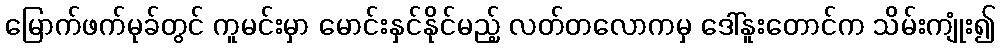
မြောက်ဖက်မုခ်တွင် ကူမင်းမှာ မောင်းနှင်နိုင်မည့် လတ်တလောကမှ ဒေါ်နူးတောင်က သိမ်းကျုံး၍